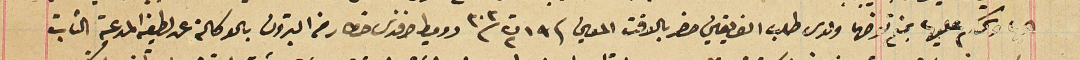
والحكم عليها بمنع تعرضها ولدى طلب الفريقين حضر بالوقت المعين فى ١٩ ت٢ سنة ٣٠٣ دوميط افندى خطار من البترون بالوكالة عن لطيفة المدعية الثابت